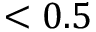
< 0 . 5